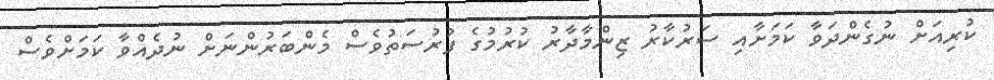
ކުރިއަށް ނުގެންދަވާ ކަމަށާއި ސަރުކާރު ޒިންމާދާރު ކުރުމުގެ ފުރުސަތުވެސް މެންބަރުންނަށް ނުދެއްވާ ކަމަށްވެސް